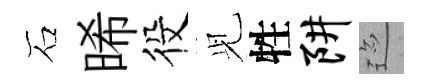
石晞役𫤗牲阱迹